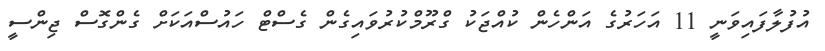
އުފުލާފައިވަނީ 11 އަހަރުގެ އަންހެން ކުއްޖަކު ގްރޫމްކުރުވައިގެން ގެސްޓް ހައުސްއަކަށް ގެންގޮސް ޖިންސީ